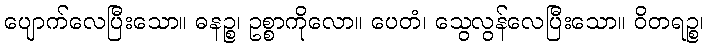
ပျောက်လေပြီးသော။ ဓနဉ္စ၊ ဥစ္စာကိုလော။ ပေတံ၊ သွေလွန်လေပြီးသော။ ဝိတရဉ္စ၊